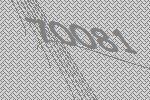
70081